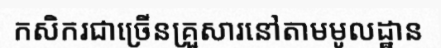
កសិករជាច្រើនគ្រួសារនៅតាមមូលដ្ឋាន